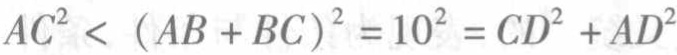
\(AC^{2}< (AB + BC)^{2}=10^{2}=CD^{2}+AD^{2}\)